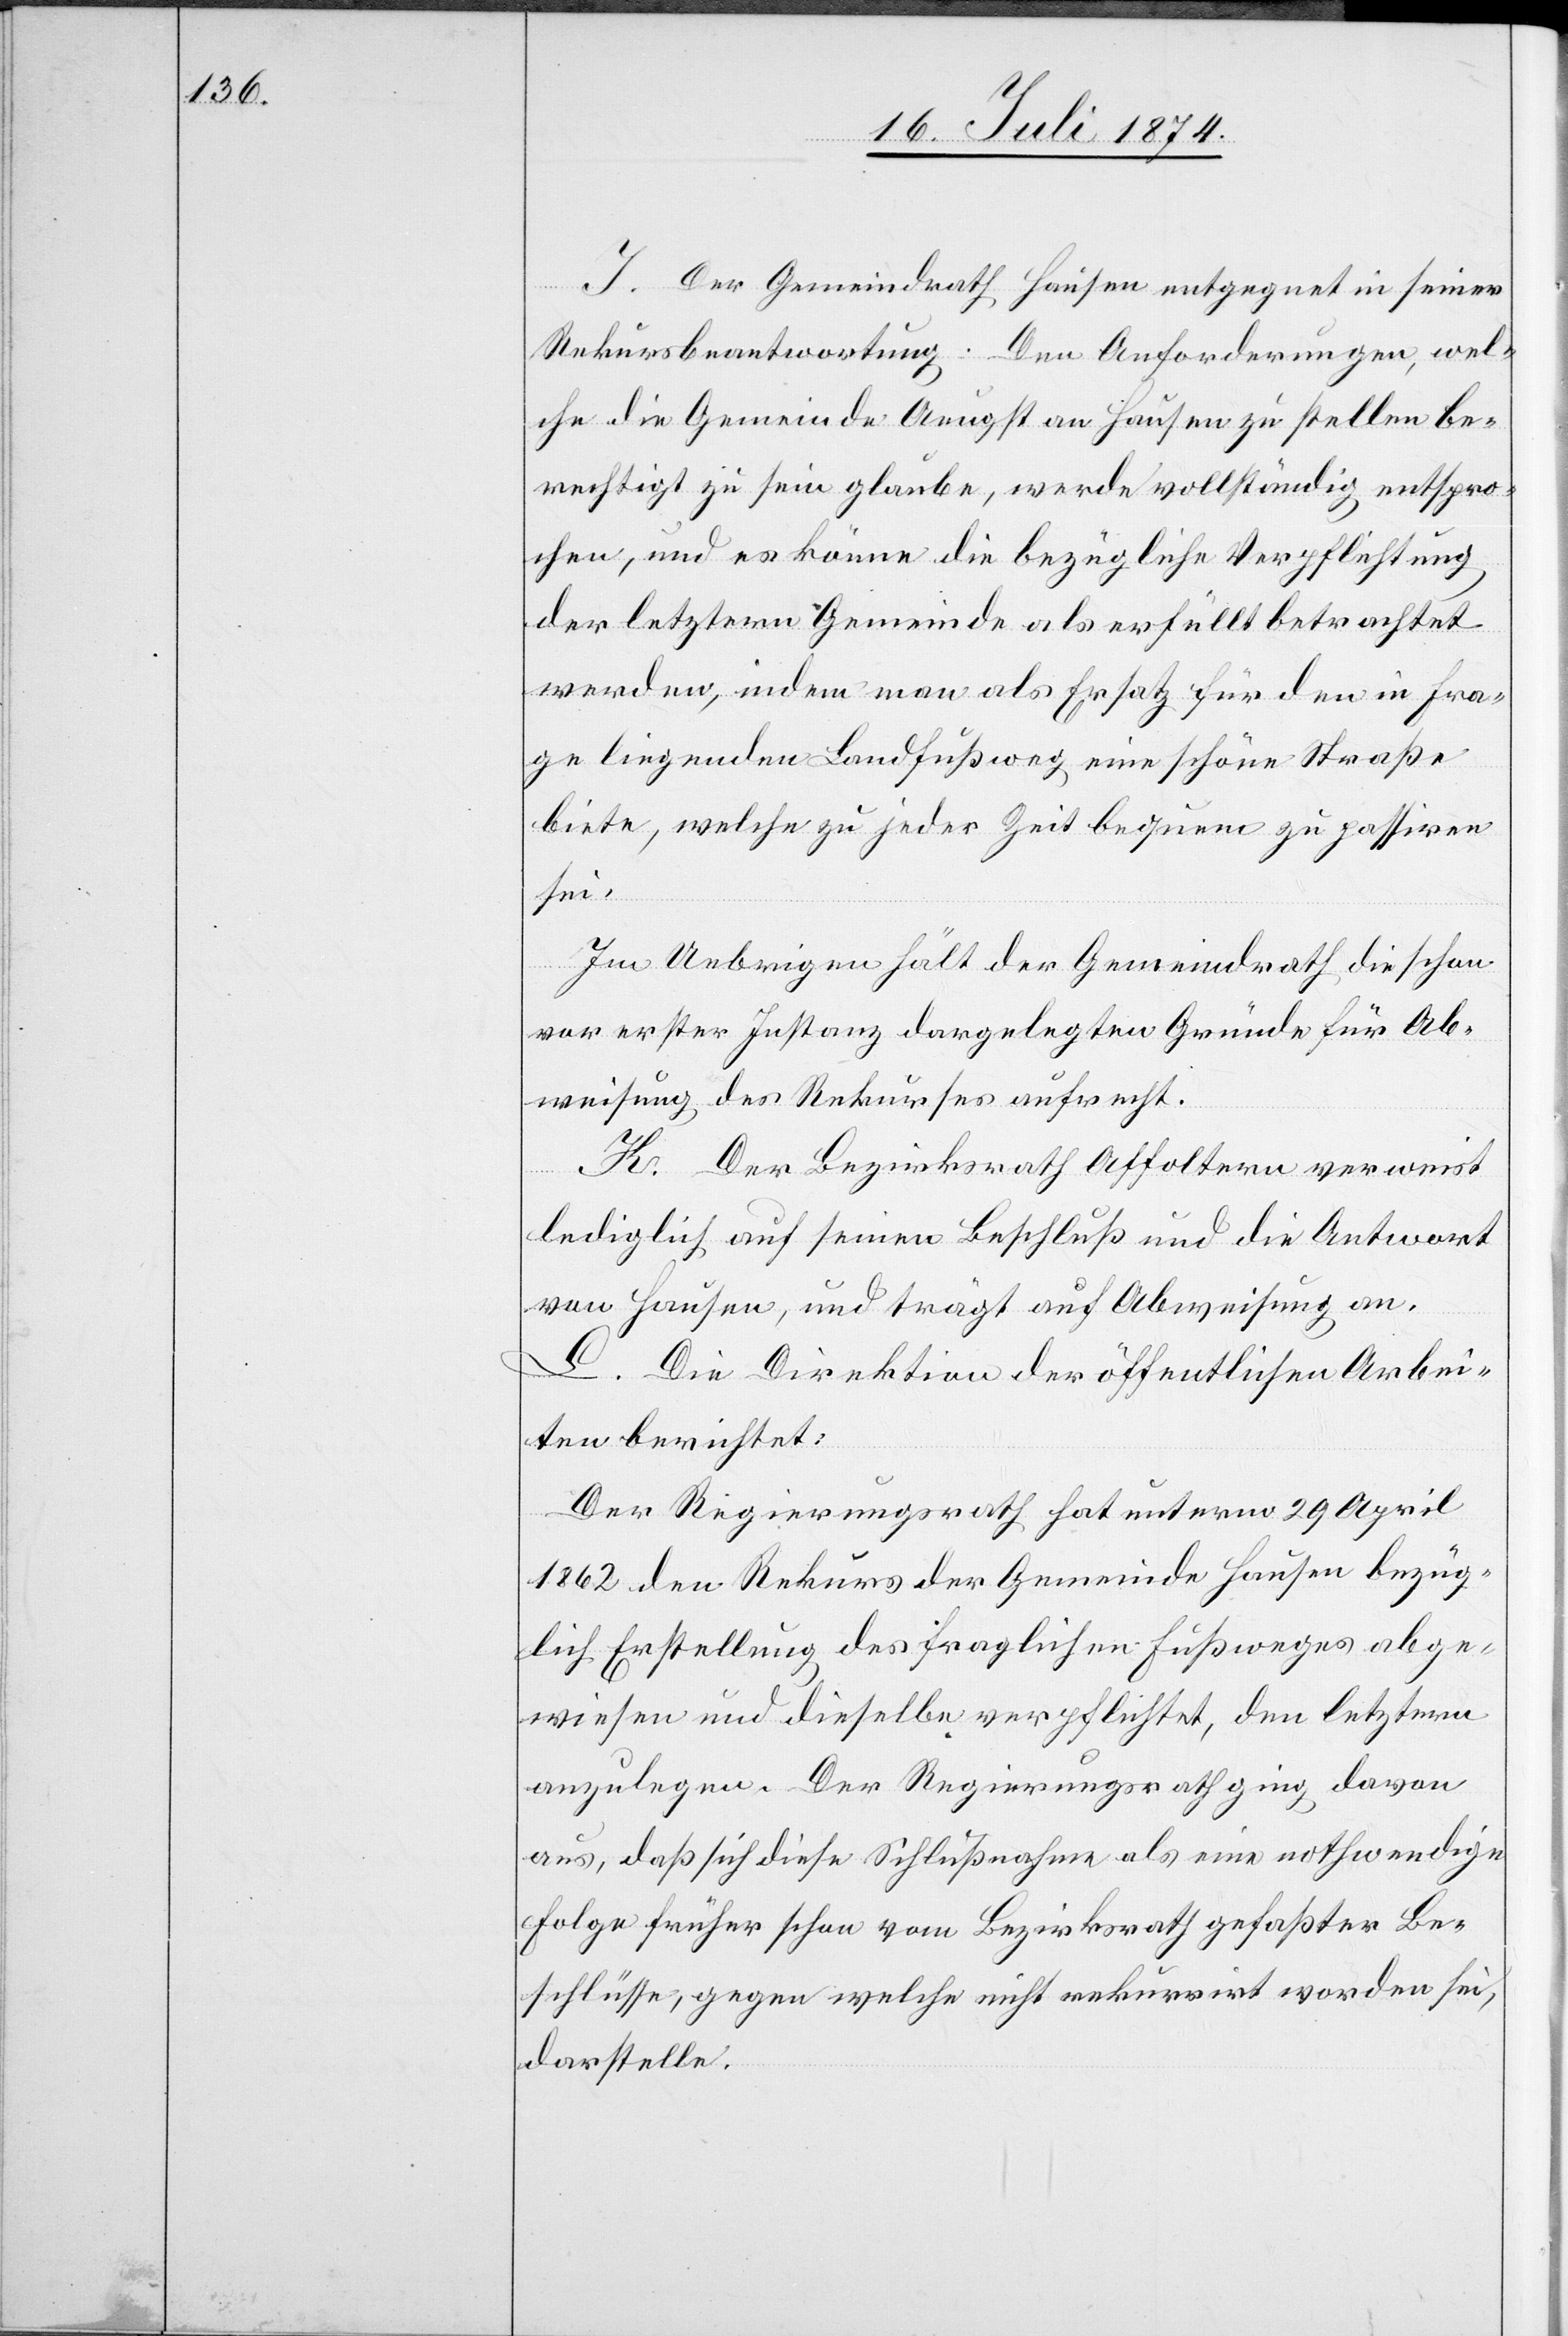
I. Der Gemeindrath Hausen entgegnet in seiner
Rekursbeantwortung: Den Anforderungen, wel¬
che die Gemeinde Aeugst an Hausen zu stellen be¬
rechtigt zu sein glaube, werde vollständig entspro¬
chen, und es könne die bezügliche Verpflichtung
der letztern Gemeinde als erfüllt betrachtet
werden, indem man als Ersatz für den in Fra¬
ge liegenden Landfußweg eine schöne Straße
biete, welche zu jeder Zeit bequem zu passiren
sei.
Im Uebrigen hält der Gemeindrath die schon
vor erster Instanz dargelegten Gründe für Ab¬
weisung des Rekurses aufrecht.
K. Der Bezirksrath Affoltern verweist
lediglich auf seinen Beschluß und die Antwort
von Hausen, und trägt auf Abweichung an.
L. Die Direktion der öffentlichen Arbei¬
ten berichtet:
Der Regierungsrath hat unterm 29. April
1862 den Rekurs der Gemeinde Hausen bezüg¬
lich Erstellung des fraglichen Fußweges abge¬
wiesen und dieselbe verpflichtet, den letztern
anzulegen. Der Regierungsrath ging davon
aus, daß sich diese Schlußnahme als eine nothwendige
Folge früher schon vom Bezirksrath gefaßter Be¬
schlüsse, gegen welche nicht rekurrirt worden sei,
darstelle.